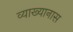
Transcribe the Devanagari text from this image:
व्याख्यानास